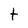
Character: t